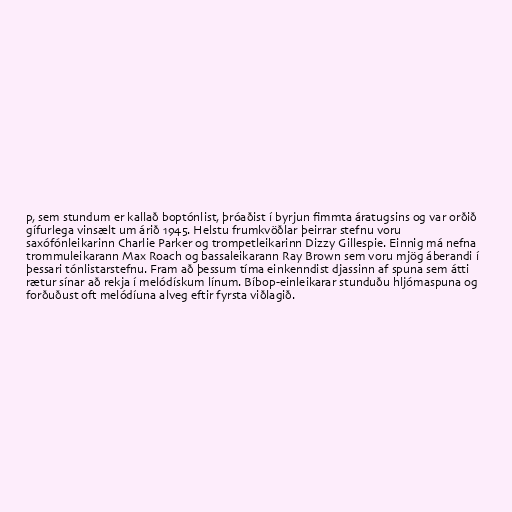
p, sem stundum er kallað boptónlist, þróaðist í byrjun fimmta áratugsins og var orðið
gífurlega vinsælt um árið 1945. Helstu frumkvöðlar þeirrar stefnu voru
saxófónleikarinn Charlie Parker og trompetleikarinn Dizzy Gillespie. Einnig má nefna
trommuleikarann Max Roach og bassaleikarann Ray Brown sem voru mjög áberandi í
þessari tónlistarstefnu. Fram að þessum tíma einkenndist djassinn af spuna sem átti
rætur sínar að rekja í melódískum línum. Bíbop-einleikarar stunduðu hljómaspuna og
forðuðust oft melódíuna alveg eftir fyrsta viðlagið.